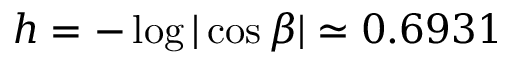
h = - \log | \cos \beta | \simeq 0 . 6 9 3 1